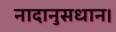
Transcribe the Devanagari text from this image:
नादानुसधान।